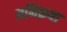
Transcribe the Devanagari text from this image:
अभिक्रया